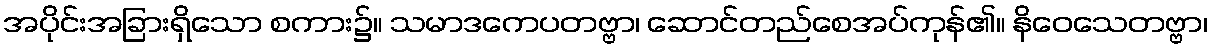
အပိုင်းအခြားရှိသော စကား၌။ သမာဒကေပတဗ္ဗာ၊ ဆောင်တည်စေအပ်ကုန်၏။ နိဝေသေတဗ္ဗာ၊